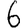
Digit: 6